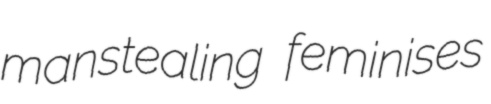
manstealing feminises